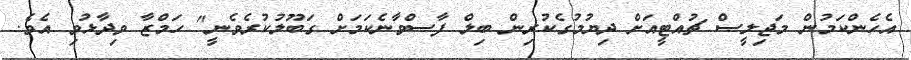
އެހެންކަމުން މަޖިލީސް ޗުއްޓީއަށް ދިޔުމުގެކުރިން ބިލް ފާސްވާނެކަމަށް ގަބޫލުކުރެވެނީ" ހަމްޒާ ވިދާޅުވި އެވެ.